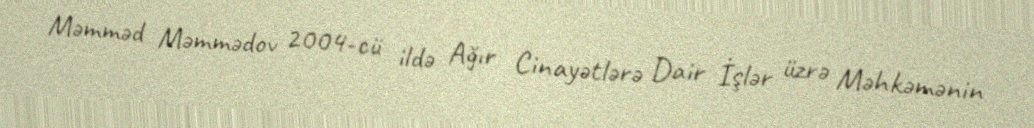
Məmməd Məmmədov 2004-cü ildə Ağır Cinayətlərə Dair İşlər üzrə Məhkəmənin